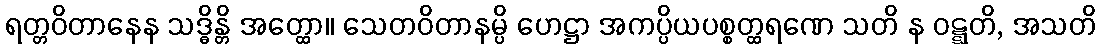
ရတ္တဝိတာနေန သဒ္ဓိန္တိ အတ္ထော။ သေတဝိတာနမ္ပိ ဟေဋ္ဌာ အကပ္ပိယပစ္စတ္ထရဏေ သတိ န ဝဋ္ဋတိ, အသတိ